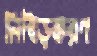
নিবিড়করণ